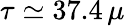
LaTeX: \tau\simeq 37.4\, \mu